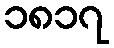
၁၈၁၇